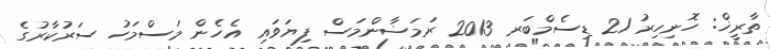
ތާރީޚް: ހޮނިހިރު 21 ޑިސެމްބަރ 2013 ރަމަޟާންމަސް ފިޔަވައި އެހެން މަސްމަހު ސަރުކާރުގެ